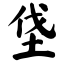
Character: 垡